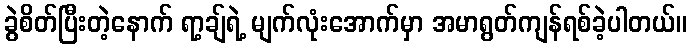
ခွဲစိတ်ပြီးတဲ့နောက် ရာ့ချ်ရဲ့ မျက်လုံးအောက်မှာ အမာရွတ်ကျန်ရစ်ခဲ့ပါတယ်။